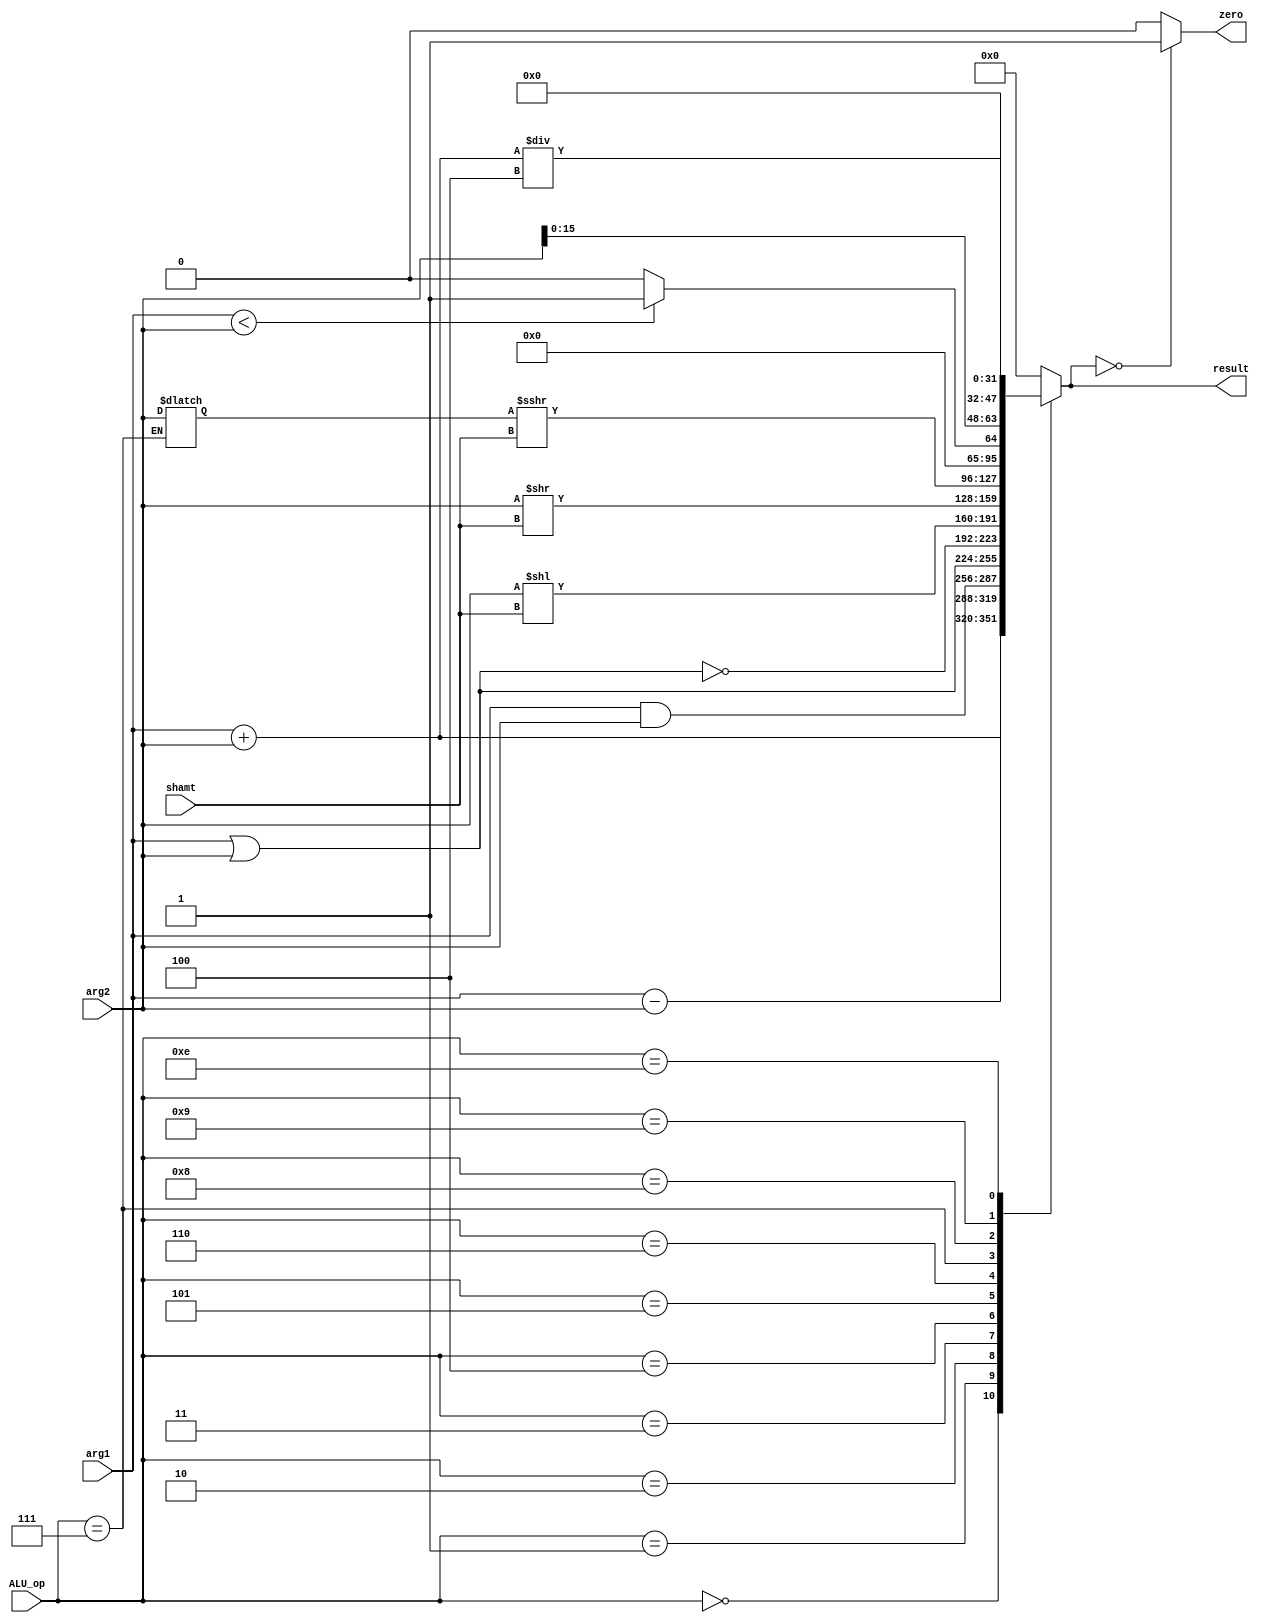
/*

Five stage pipeline ALU

Zach Haviland

Five stage pipeline aritmetic logic unit used to execute logic
*/

module ALU(
	input wire [31:0] arg1, //RS
	input wire [31:0]  arg2, //RD or RT or immediate value depending on the instruction
	input wire[4:0] ALU_op,
	input wire[4:0] shamt, 
	
	output reg zero,
	output reg[31:0] result



);




	reg signed[31:0] temp;

	/*
	ALU opcode table
	add : 00000
	sub : 00001
	and : 00010
	or  : 00011
	nor : 00100
	sll : 00101
	srl : 00110
	sra : 00111
	slt : 01000
	lui : 01001
	bne : 01010
	bgtz: 01011
	bgez: 01100
	beq : 01101
	mem_add: 01110
	*/
	always @(*) begin
		case(ALU_op)
			default  : result <= 0;
			5'b00000 : result <= arg1+arg2;//add; 
			5'b00001 : result <= arg1-arg2; //sub
			5'b00010 : result <= arg1&arg2; //and
			5'b00011 : result <= (arg1|arg2); //or
			5'b00100 : result <= ~(arg1|arg2); //nor
			5'b00101 : result <= arg2<<shamt; //sll
			5'b00110 : result <= arg2>>shamt; //srl
			5'b00111 : sra();
			5'b01000 : slt();
			5'b01001 : result <= arg2<<16; //lui()
			5'b01110 : result <= (arg1+arg2)/4;//sw/lw
			
		endcase
		if(result == 0) begin
				zero<=1;
		end else begin
				zero <= 0;
		end	
	end

	
	task sra();
		begin
			temp <= arg2;
			result <= temp>>>shamt;	
		end
	endtask

	task slt();
		begin
			if(arg1 < arg2) begin //note: this was arg1 > arg2 when I ran the R type tests and it passed so there might be a problem in the future
				result <= 1;
			end else begin
				result <= 0;
			end	
		end
	endtask
	
endmodule